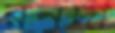
রনদা